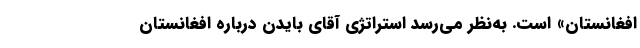
افغانستان» است. به‌نظر می‌رسد استراتژی آقای بایدن درباره افغانستان